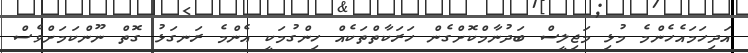
އަދިހަމައެހެންމެ މުޅި މަޖިލީސް ބަދުނާމްކޮށްގެން ހަރަކާތްތަކެއް ހިންގުމަކީ އެންމެ ރަނގަޅު ގޮތް ނޫންކަމަށްވެސް